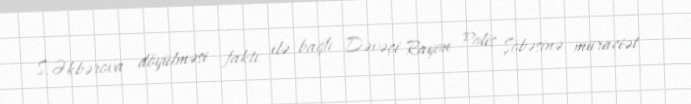
S.Əkbərova döyülməsi faktı ilə bağlı Dəvəçi Rayon Polis Şöbəsinə müraciət